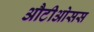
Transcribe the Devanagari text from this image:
औटीओसस